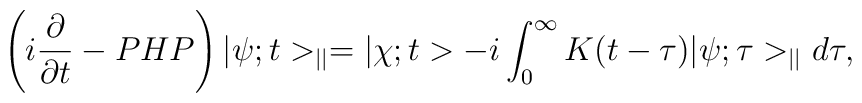
\left(i\frac{\partial}{\partial t}-PHP\right)|\psi;t>_{||}=| \chi ;t>-i\int_{0}^{\infty}K(t-\tau)|\psi;\tau>_{||}d\tau,